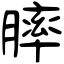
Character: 膟